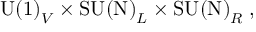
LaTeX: \mathrm { U ( 1 ) } _ { V } \times \mathrm { S U ( N ) } _ { L } \times \mathrm { S U ( N ) } _ { R } \; ,